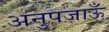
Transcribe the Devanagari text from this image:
अनुपजाऊँ